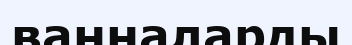
ванналарды